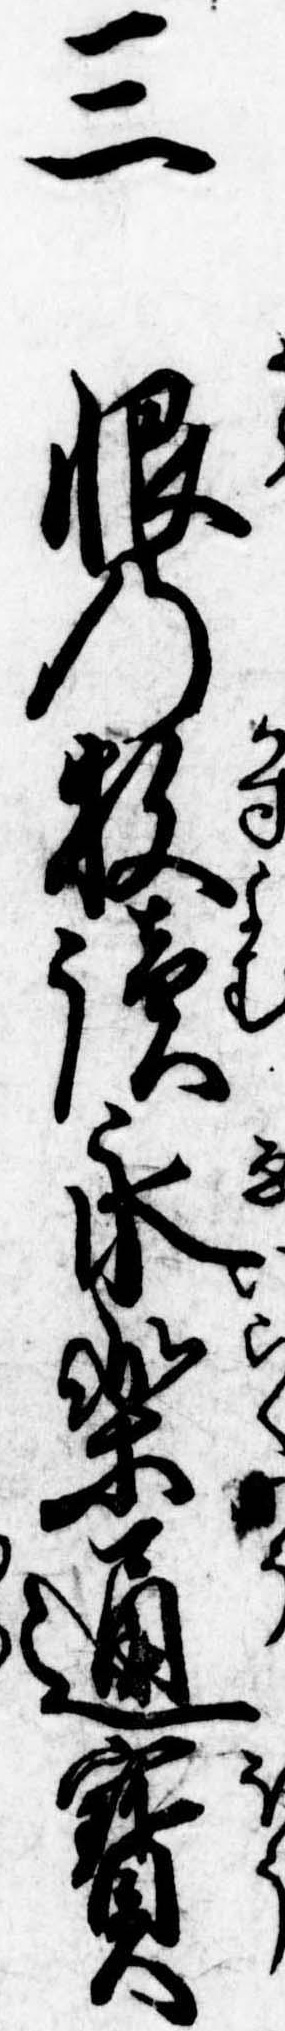
三恨の数読永楽通宝